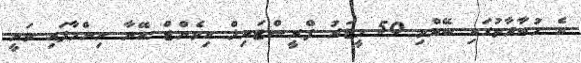
އެ މުބާރާތުގައި ބޭއްވި 50 މީޓަރު ފްރީސްޓައިލް އިވެންޓް އޭނާ ނިންމާފައި ވަނީ